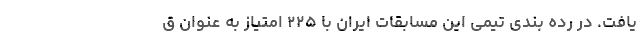
یافت. در رده بندی تیمی این مسابقات ایران با ۲۲۵ امتیاز به عنوان ق